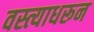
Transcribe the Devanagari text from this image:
वस्त्याधरून